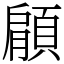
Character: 顅